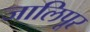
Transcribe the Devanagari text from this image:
जालिपूर